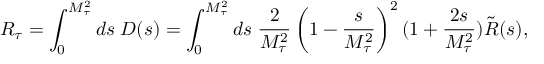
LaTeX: R _ { \tau } = \int _ { 0 } ^ { M _ { \tau } ^ { 2 } } d s \; D ( s ) = \int _ { 0 } ^ { M _ { \tau } ^ { 2 } } d s \; \frac { 2 } { M _ { \tau } ^ { 2 } } \left( 1 - \frac { s } { M _ { \tau } ^ { 2 } } \right) ^ { 2 } ( 1 + \frac { 2 s } { M _ { \tau } ^ { 2 } } ) \tilde { R } ( s ) ,